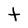
Character: t